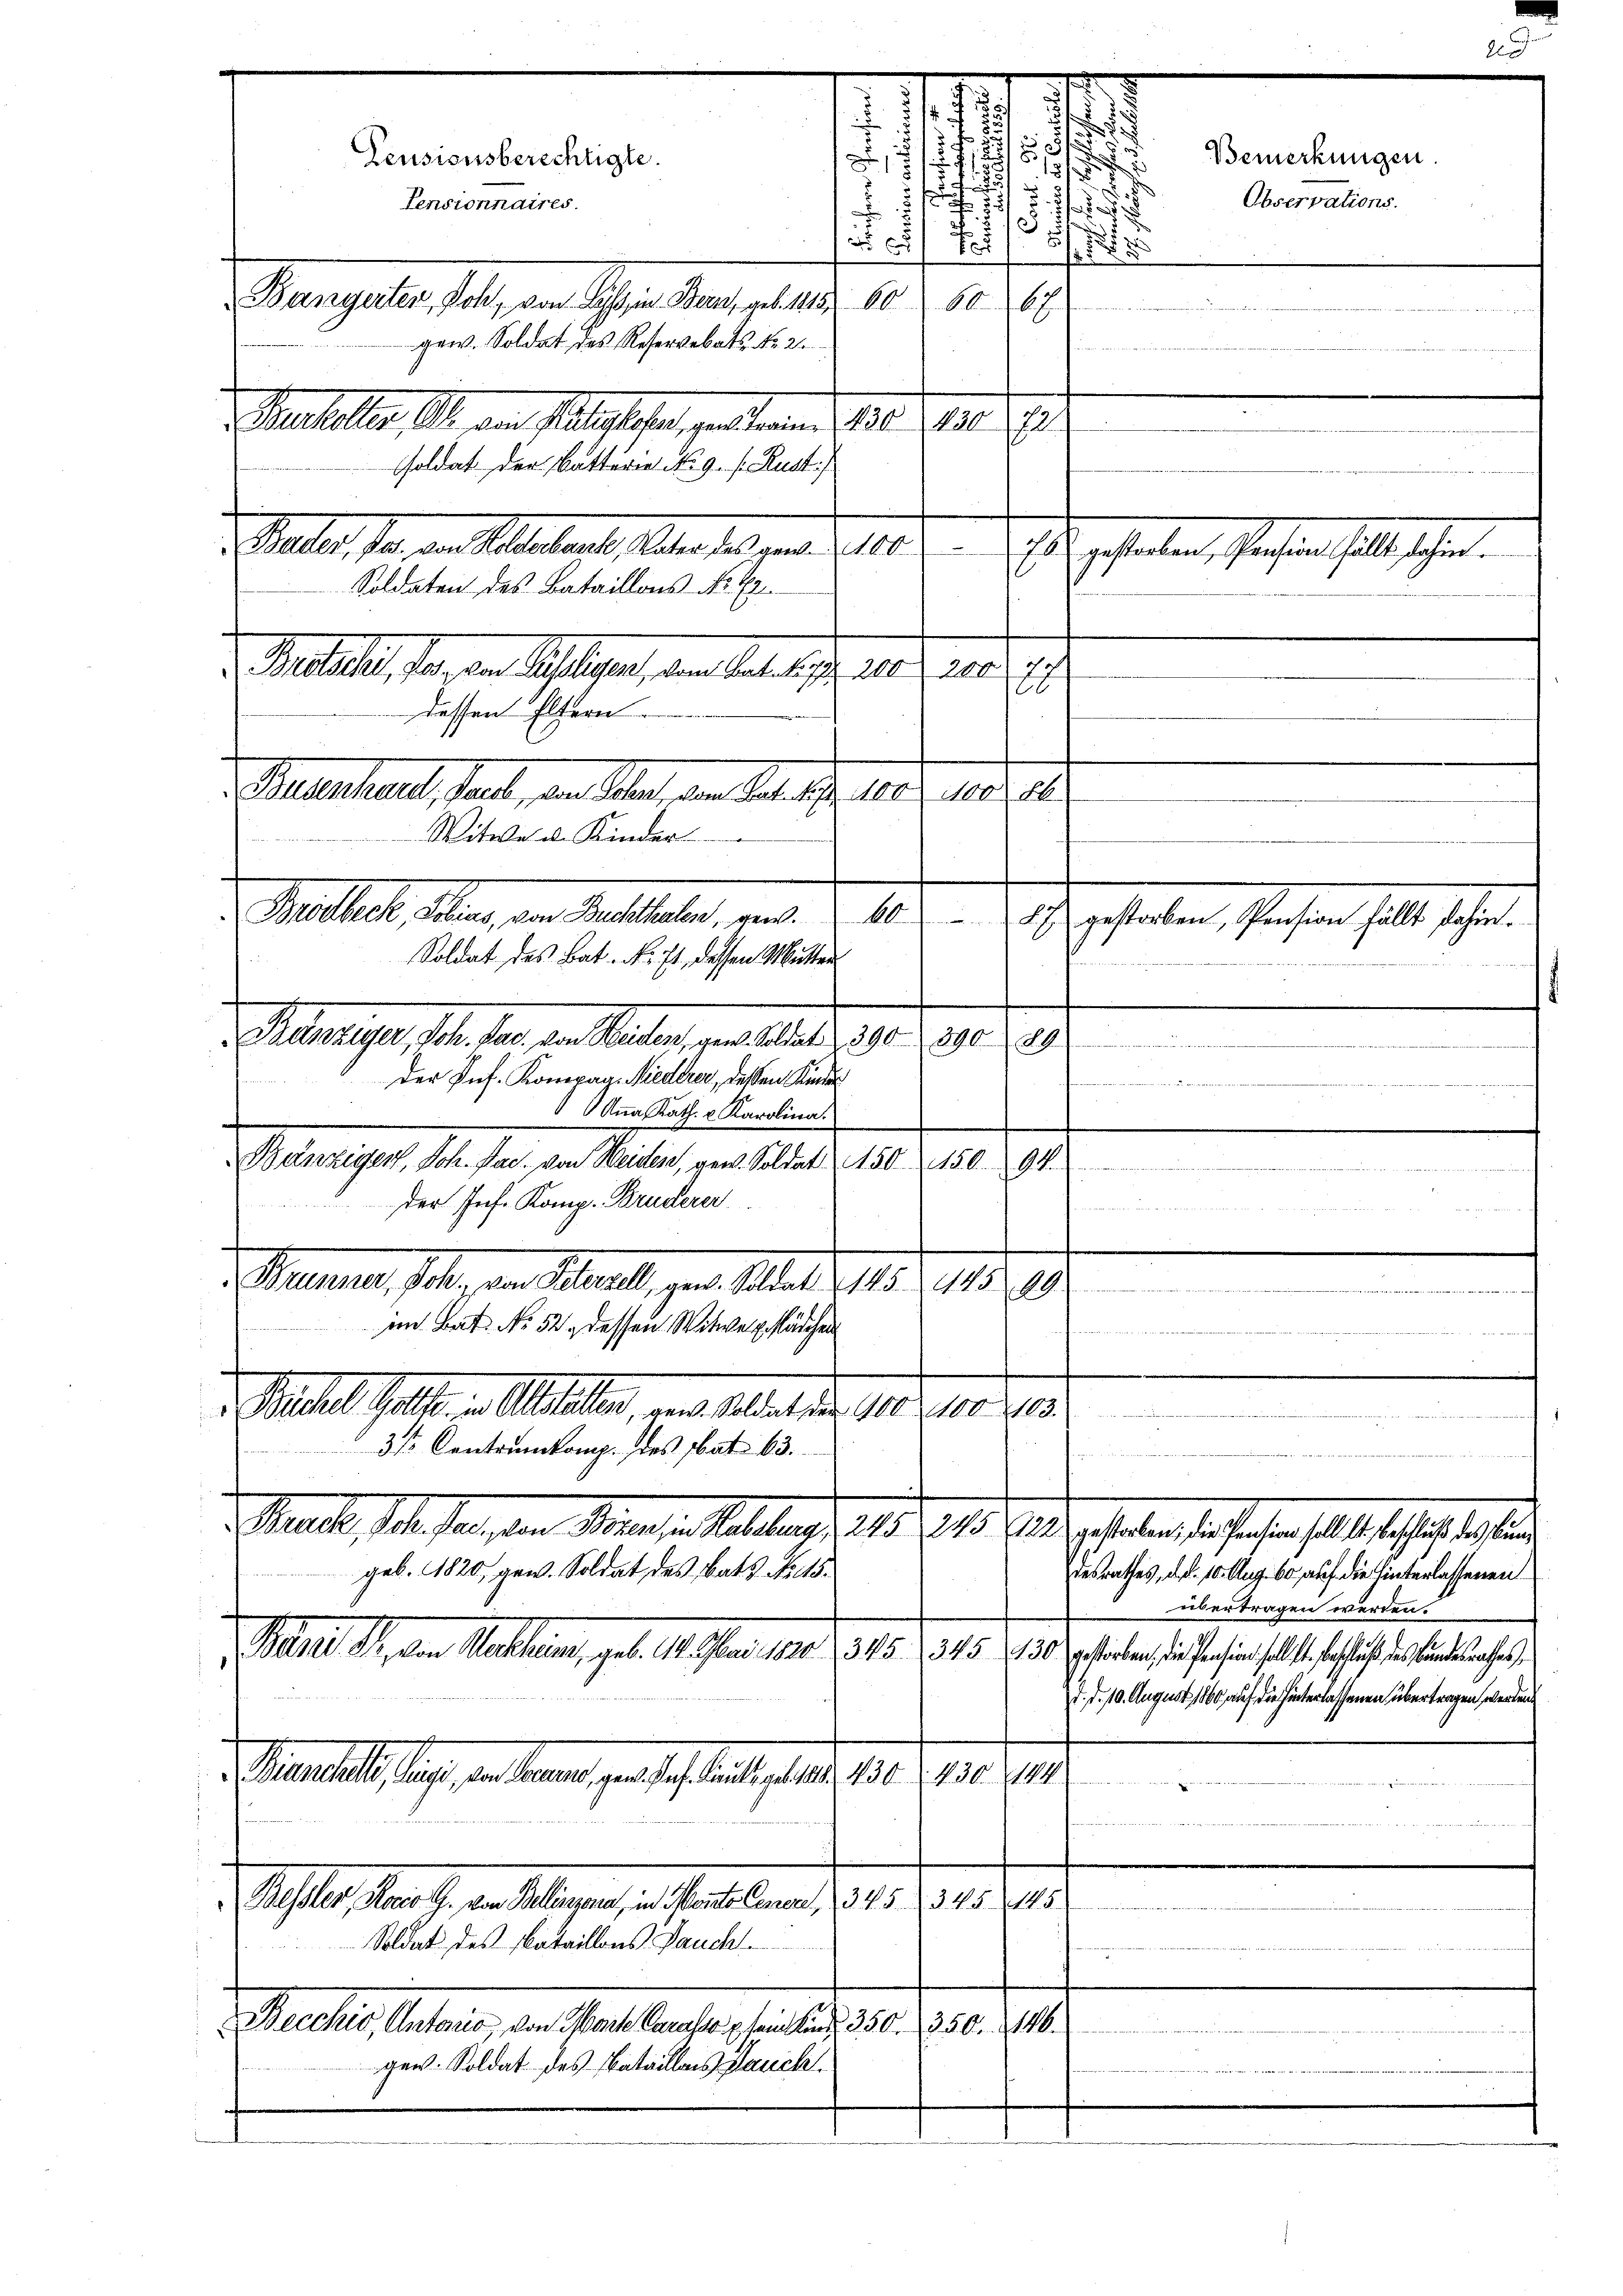
7
15
.
.

Peusionsberechtigte.
Pensionnaires.
husteller h. den Statuten, geltenen 180. 1910.
soldat der Batterie No. 9. f. Rust)
. alter, den von Alteramte Aber es mit 1. 108
Es gestalten, stehen haltlichen
Soldaten des Bataillons No. 49.
 Mlle, das den Auflagen, den habe ihre 18 f 200
1201
dessen Eltern
Mueter hart, hat, den aber, von Baselber 180. 198. 8.
Witwe d. Kinder
Malles, haben, von Matthaler, galt. d. 148 u. ich gehalten, stehen soll sehen.
Soldat des Bat. No. 71, dessen Mutter

d. eherige, Ihn der den Mater verlebter 1901 1890. 19.
der Inf. Kompag. Niederer, dessen Kinder
Anna Kath. v. Karolina.
Belweiser, Joh. Jan. von Meilen, gen. Soldat u. 150. 2150. 294.
der Jes. Komp. Bruderer
. Meinung, Schen an Senat, der Mart. 18. 118.
inner i
9
im Bat. No 52 dessen Witwe Erklädchen
e
n
 Mehl hatte aller, von Aber d. 10. 108. 25.
3/ Centrumkomp. des bat. 63.
aelte, sehen an, den Meine an Stellung 215. 1905 aus derselben das ehe als es ist es sein
geb. 1820, gew. Soldat, des Rats Rutsdesrathes, d. 10. Aug. bo auf die hinterlassenen
übertragen werden.
Mll Peten Mathin, geb. 11. Mai 1890. 16. d. 315. 120 geferen sie freien hat es in eine
d. d. 10. August 1860 auf die hinterlassenen übertragen werden
. Marielle auf, da einer, von des heute aber 1901. 1910.
Aslastens von Magen, u. Gallen d. 1. 21.
Soldat des Nataillons Baucht.
Decckio, Unterio, von Worte Carasso sei in 350. 350. 146.
gew. Soldat des Bataillens Hauch

2/
u

s

d
.
.
.
1

t
11
Bangeler, Joh, von Tessin Bern, gelitter 60. 5069
gew. Soldat des Reservebats No. 2.

Bemerkungen.
Observations.

nisieren sie keines der die alterall er hier der beidente der andereit

e
e
 den werden in

2 25 Art. Wetter

s